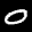
Label: 0